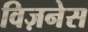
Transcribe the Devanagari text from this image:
विज़नेस